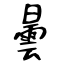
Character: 曇